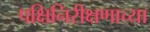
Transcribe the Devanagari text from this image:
पक्षिनिरीक्षणाच्या